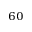
_ { 6 0 }